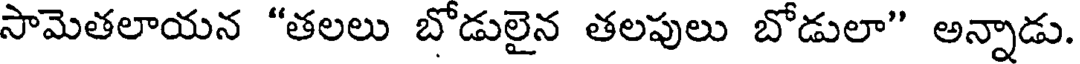
సామెతలాయన "తలలు బోడులైన తలపులు బోడులా" అన్నాడు.